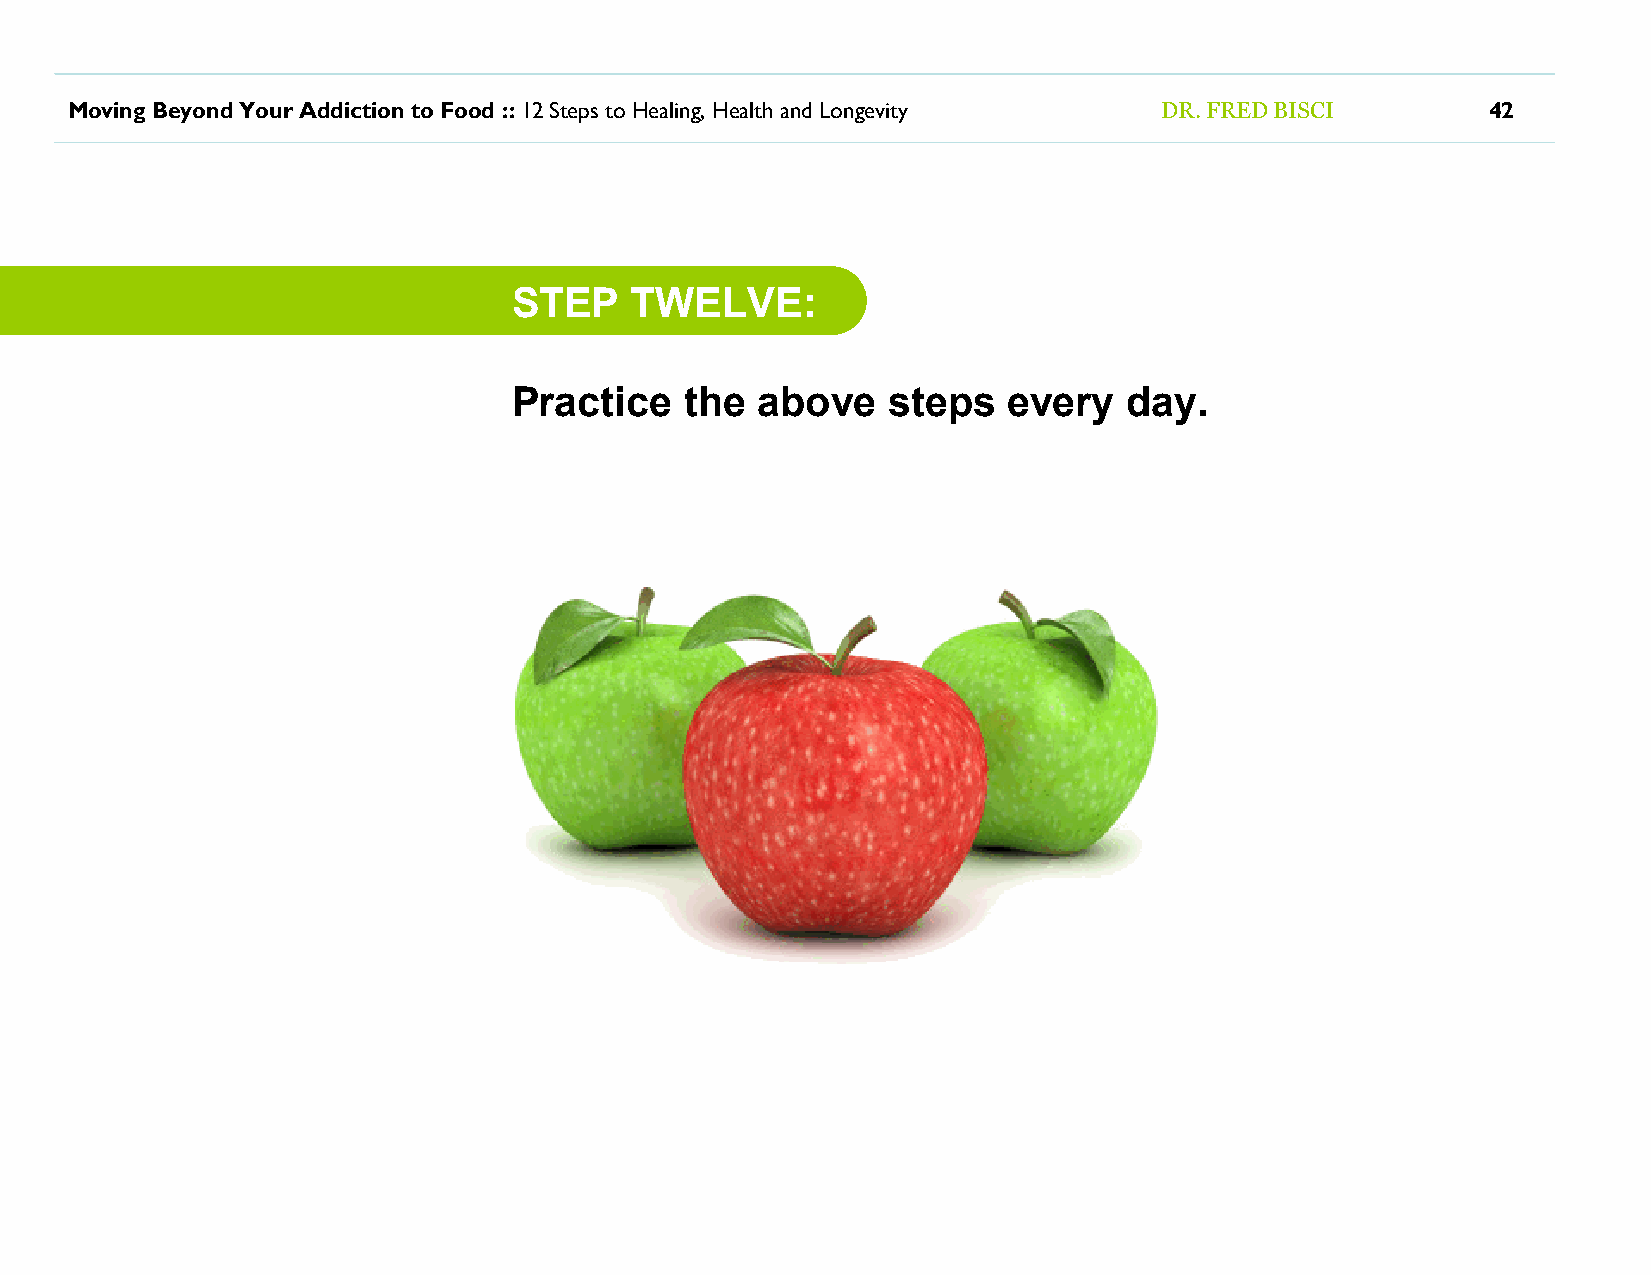
Moving Beyond Your Addiction to Food :: 12 Steps to Healing, Health and Longevity DR. FRED BISCI 42
 STEP    TWELVE:
 Practice   the  above    steps   every   day.